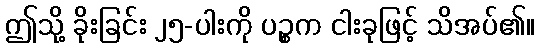
ဤသို့ ခိုးခြင်း ၂၅-ပါးကို ပဉ္စက ငါးခုဖြင့် သိအပ်၏။